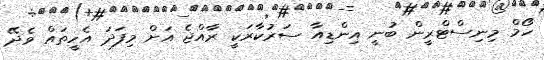
ހޯމް މިނިސްޓްރީން ބުނީ އިންޑިއާ ސަރުކާރަކީ ރާއްޖެ އަށް މިފަދަ އެހީތައް ވެދޭ